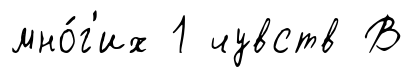
мно́г'их 1 чувств В